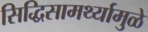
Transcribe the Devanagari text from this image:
सिद्धिसामर्थ्यामुळे